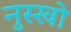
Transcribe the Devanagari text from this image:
नुस्खो